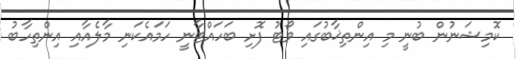
ކޮމިޝަނުން ބުނީ މި އިންތިޚާބުގައި ވޯޓު ފޮށި ބަހައްޓާނީ ހަމައެކަނި މާލެއާއި އިންތިހާބު